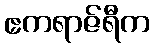
ဧကရာဇ်ရီက